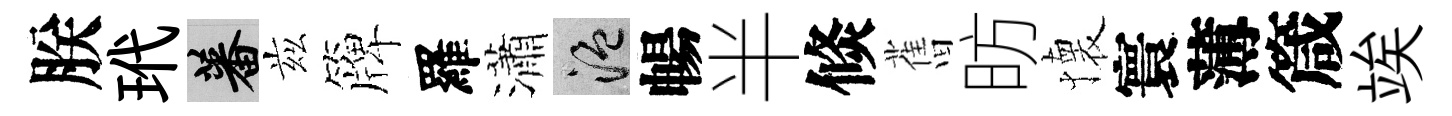
朕玳蕃兹簰羅瀟温暢半倐𦾔昉懐寰薄箴竢